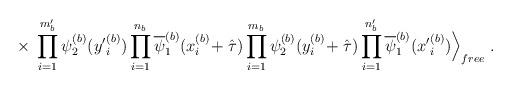
LaTeX: \begin{align*}\times \;\prod_{i=1}^{m^\prime_b} \psi^{(b)}_2({y^\prime}_i^{(b)})\prod_{i=1}^{n_b} \overline{\psi}^{(b)}_1(x_i^{(b)}\!+ \hat{\tau})\prod_{i=1}^{m_b} \psi^{(b)}_2(y_i^{(b)}\!+ \hat{\tau})\prod_{i=1}^{n^\prime_b} \overline{\psi}^{(b)}_1({x^\prime}^{(b)}_i)\Big \rangle_{free} \; .\end{align*}